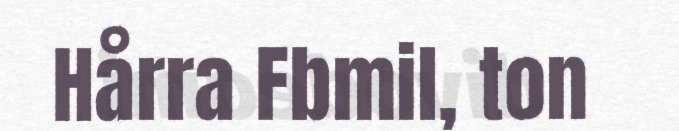
Hårra Fbmil, ton